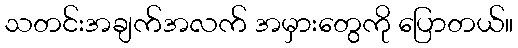
သတင်းအချက်အလက် အမှားတွေကို ပြောတယ်။